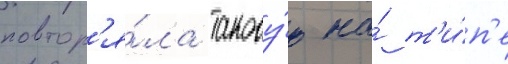
повтор'я́ла такову́ю на́ т'и́п'е